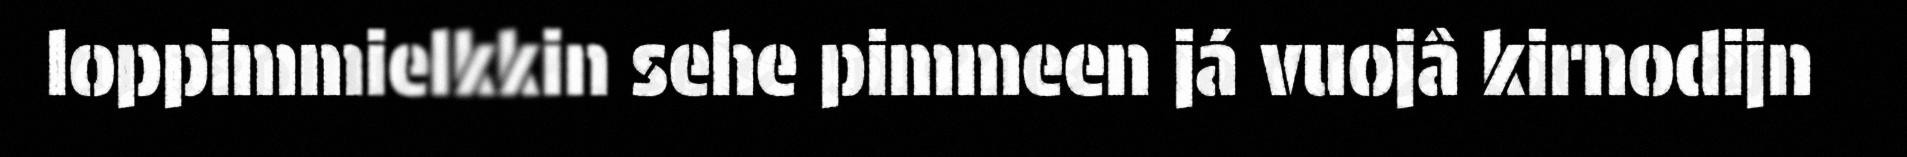
loppimmielkkin sehe pimmeen já vuojâ kirnodijn